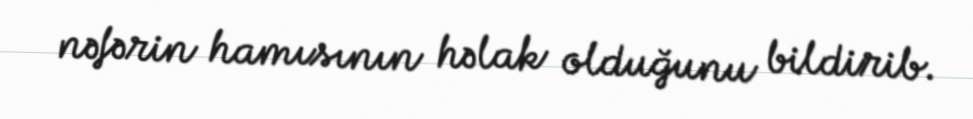
nəfərin hamısının həlak olduğunu bildirib.